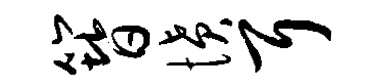
簪愤耳